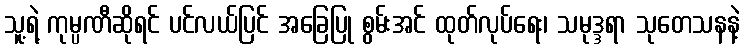
သူ့ရဲ့ ကုမ္ပဏီဆိုရင် ပင်လယ်ပြင် အခြေပြု စွမ်းအင် ထုတ်လုပ်ရေး၊ သမုဒ္ဒရာ သုတေသနနဲ့